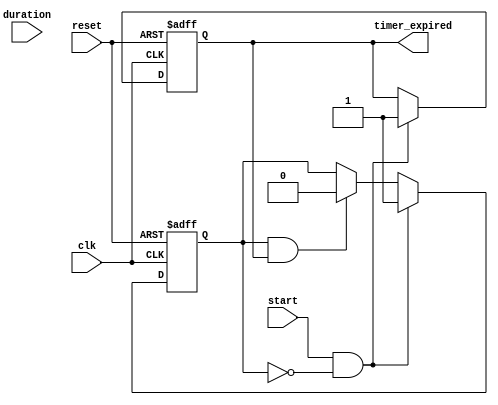
module Timer (
    input wire clk,               // Clock signal
    input wire reset,             // Reset signal
    input wire start,             // Start timer signal
    input wire [31:0] duration,   // Timer duration in ns
    output reg timer_expired      // Timer expired signal
);

    // State variable to track timer status
    reg timer_active;

    // Timer process
    always @(posedge clk or posedge reset) begin
        if (reset) begin
            // Reset the timer
            timer_active <= 1'b0;
            timer_expired <= 1'b0;
        end else if (start && !timer_active) begin
            // Start the timer if not already active
            timer_active <= 1'b1;
            timer_expired <= 1'b0;
            // Trigger the timer event after the specified duration
            #duration timer_expired <= 1'b1; // Non-blocking assignment
        end else if (timer_active && timer_expired) begin
            // Handle timer expiry
            timer_active <= 1'b0; // Reset timer state
            // Additional actions can be added here upon expiry
        end
    end

endmodule